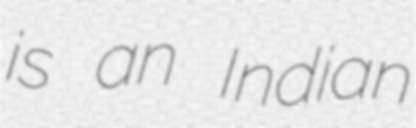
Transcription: is an Indian